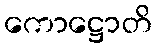
ကောဋ္ဌောတိ